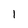
Character: 1